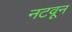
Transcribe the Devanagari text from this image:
नटवून